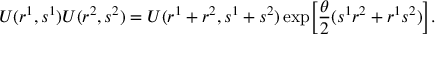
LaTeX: U ( r ^ { 1 } , s ^ { 1 } ) U ( r ^ { 2 } , s ^ { 2 } ) = U ( r ^ { 1 } + r ^ { 2 } , s ^ { 1 } + s ^ { 2 } ) \exp \Bigl [ \frac { \theta } { 2 } ( s ^ { 1 } r ^ { 2 } + r ^ { 1 } s ^ { 2 } ) \Bigr ] .